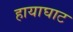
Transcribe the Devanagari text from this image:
हायाघाट